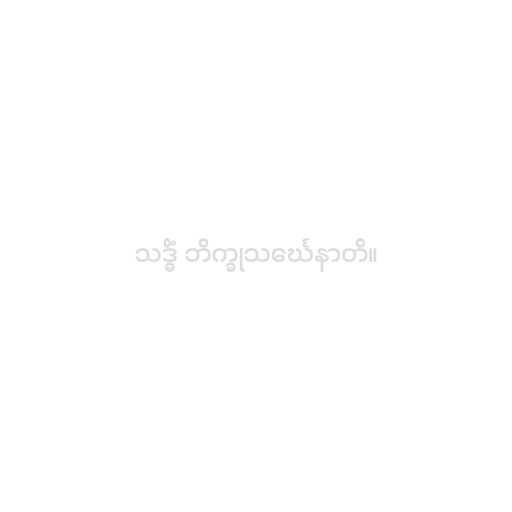
သဒ္ဓိံ ဘိက္ခုသင်္ဃေနာတိ။